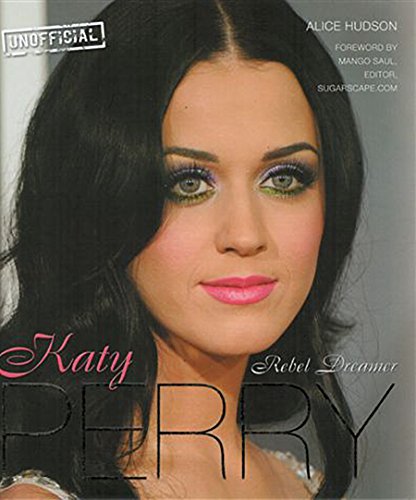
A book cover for Katy Perry: Rebel Dreamer; Alice Hudson; Calendars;